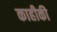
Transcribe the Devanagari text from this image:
काहीकी